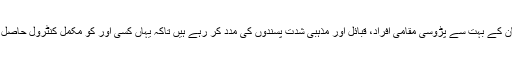
اِس کے نتیجے میں افغانستان کے بہت سے پڑوسی مقامی افراد، قبائل اور مذہبی شدت پسندوں کی مدد کر رہے ہیں تاکہ یہاں کسی اور کو مکمل کنٹرول حاصل کرنے سے روکا جا سکے۔